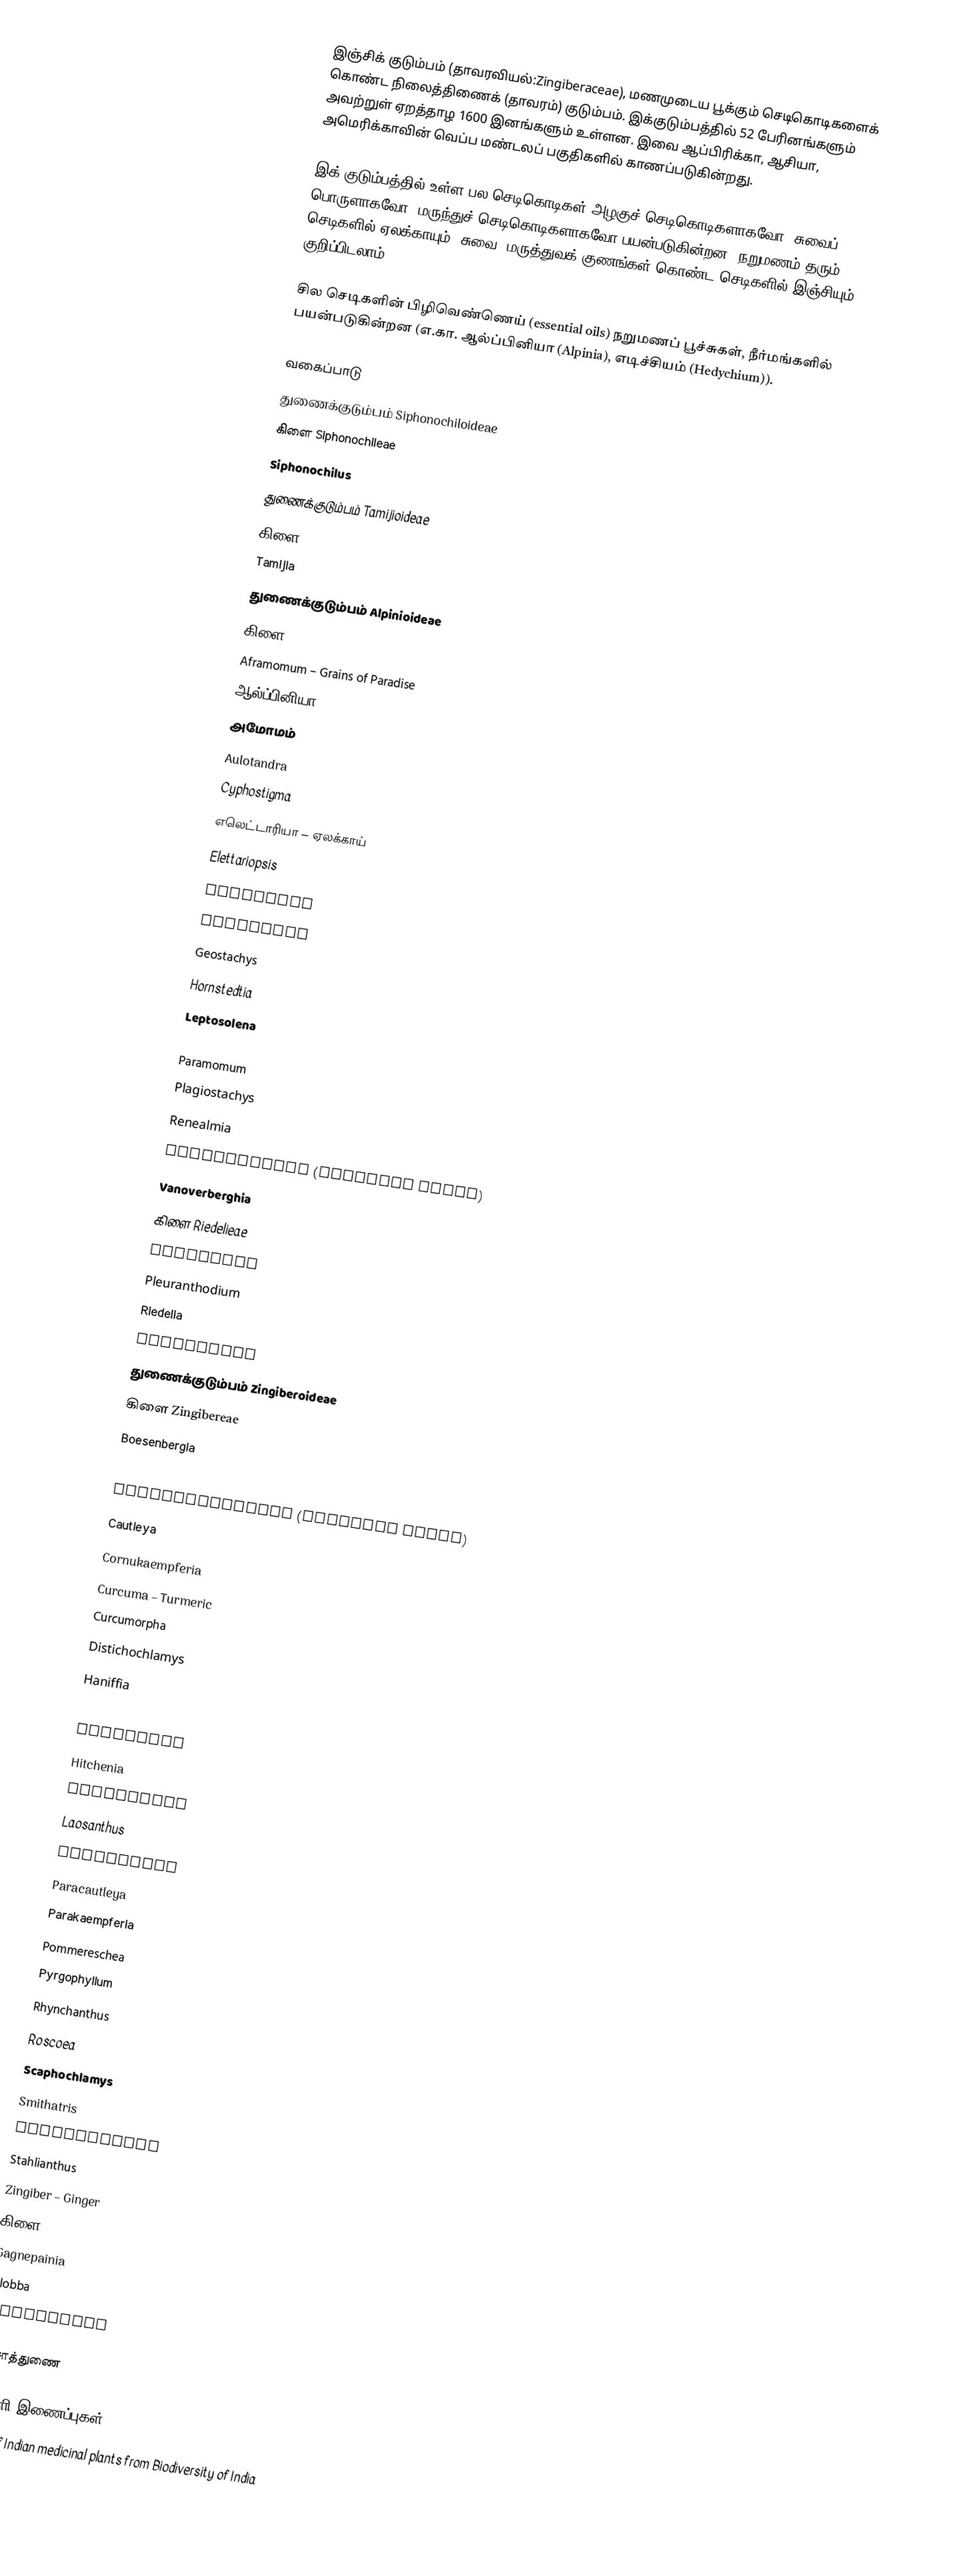
இஞ்சிக் குடும்பம் (தாவரவியல்:Zingiberaceae), மணமுடைய பூக்கும் செடிகொடிகளைக் கொண்ட நிலைத்திணைக் (தாவரம்) குடும்பம். இக்குடும்பத்தில் 52 பேரினங்களும் அவற்றுள் ஏறத்தாழ 1600 இனங்களும் உள்ளன. இவை ஆப்பிரிக்கா, ஆசியா, அமெரிக்காவின் வெப்ப மண்டலப் பகுதிகளில் காணப்படுகின்றது.

இக் குடும்பத்தில் உள்ள பல செடிகொடிகள் அழகுச் செடிகொடிகளாகவோ, சுவைப் பொருளாகவோ, மருந்துச் செடிகொடிகளாகவோ பயன்படுகின்றன. நறுமணம் தரும் செடிகளில் ஏலக்காயும், சுவை, மருத்துவக் குணங்கள் கொண்ட செடிகளில் இஞ்சியும் குறிப்பிடலாம்.

சில செடிகளின் பிழிவெண்ணெய் (essential oils) நறுமணப் பூச்சுகள், நீர்மங்களில் பயன்படுகின்றன (எ.கா. ஆல்ப்பினியா  (Alpinia), எடிச்சியம் (Hedychium)).

வகைப்பாடு
துணைக்குடும்பம்  Siphonochiloideae
கிளை Siphonochileae
Siphonochilus
துணைக்குடும்பம் Tamijioideae
கிளை Tamijieae
Tamijia
துணைக்குடும்பம் Alpinioideae
கிளை Alpinieae
Aframomum – Grains of Paradise
ஆல்ப்பினியா – Galangal
அமோமம்
Aulotandra
Cyphostigma
எலெட்டாரியா – ஏலக்காய்
Elettariopsis
Etlingera
Geocharis
Geostachys
Hornstedtia
Leptosolena

Paramomum
Plagiostachys
Renealmia
Siliquamomum (Incertae Sedis)
Vanoverberghia
கிளை Riedelieae
Burbidgea
Pleuranthodium
Riedelia
Siamanthus
துணைக்குடும்பம் Zingiberoideae
கிளை Zingibereae
Boesenbergia
Camptandra
Caulokaempferia (Incertae Sedis)
Cautleya
Cornukaempferia
Curcuma – Turmeric
Curcumorpha
Distichochlamys
Haniffia
Haplochorema
Hedychium
Hitchenia
Kaempferia
Laosanthus
Nanochilus
Paracautleya
Parakaempferia
Pommereschea
Pyrgophyllum
Rhynchanthus
Roscoea
Scaphochlamys
Smithatris
Stadiochilus
Stahlianthus
Zingiber – Ginger
கிளை Globbeae
Gagnepainia
Globba
Hemiorchis

உசாத்துணை

வெளி இணைப்புகள்
List of Indian medicinal plants from Biodiversity of India